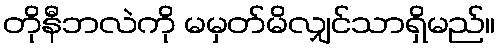
တိုနီဘလဲကို မမှတ်မိလျှင်သာရှိမည်။